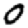
Digit: 0